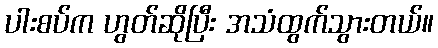
ပါးစပ်က ဟွတ်ဆိုပြီး အသံထွက်သွားတယ်။